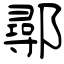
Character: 鄩